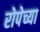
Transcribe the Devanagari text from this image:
रोपेच्या